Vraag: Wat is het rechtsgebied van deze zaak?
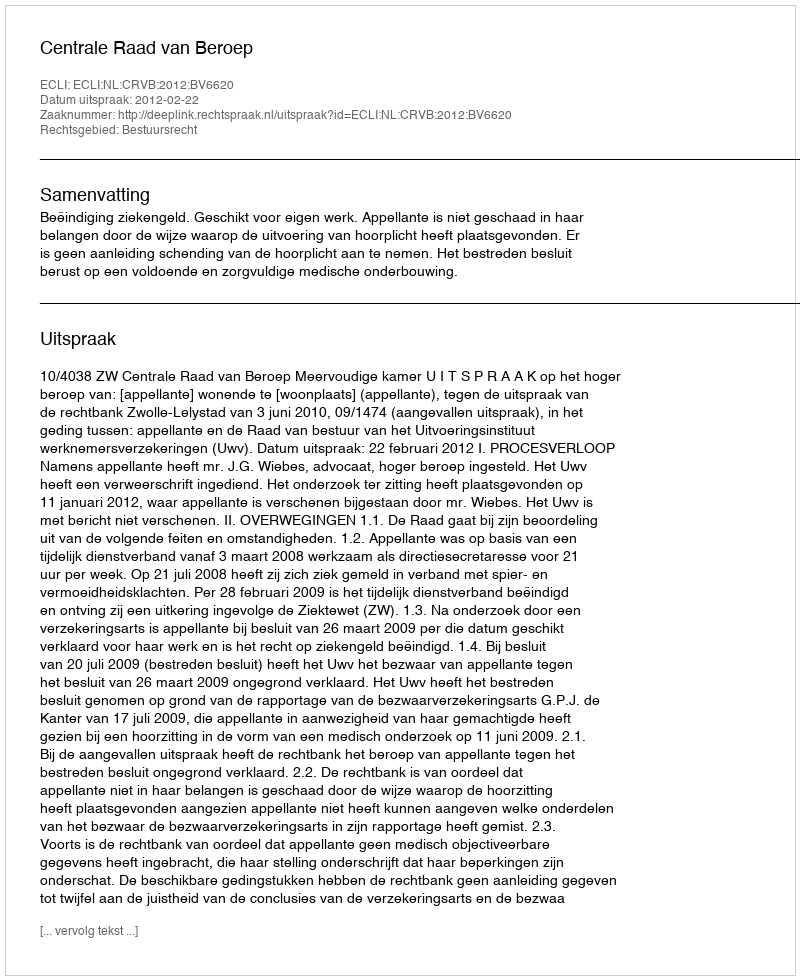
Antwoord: Bestuursrecht